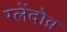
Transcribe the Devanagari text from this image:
ग्लेंदोव्र